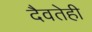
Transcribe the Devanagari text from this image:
दैवतेही